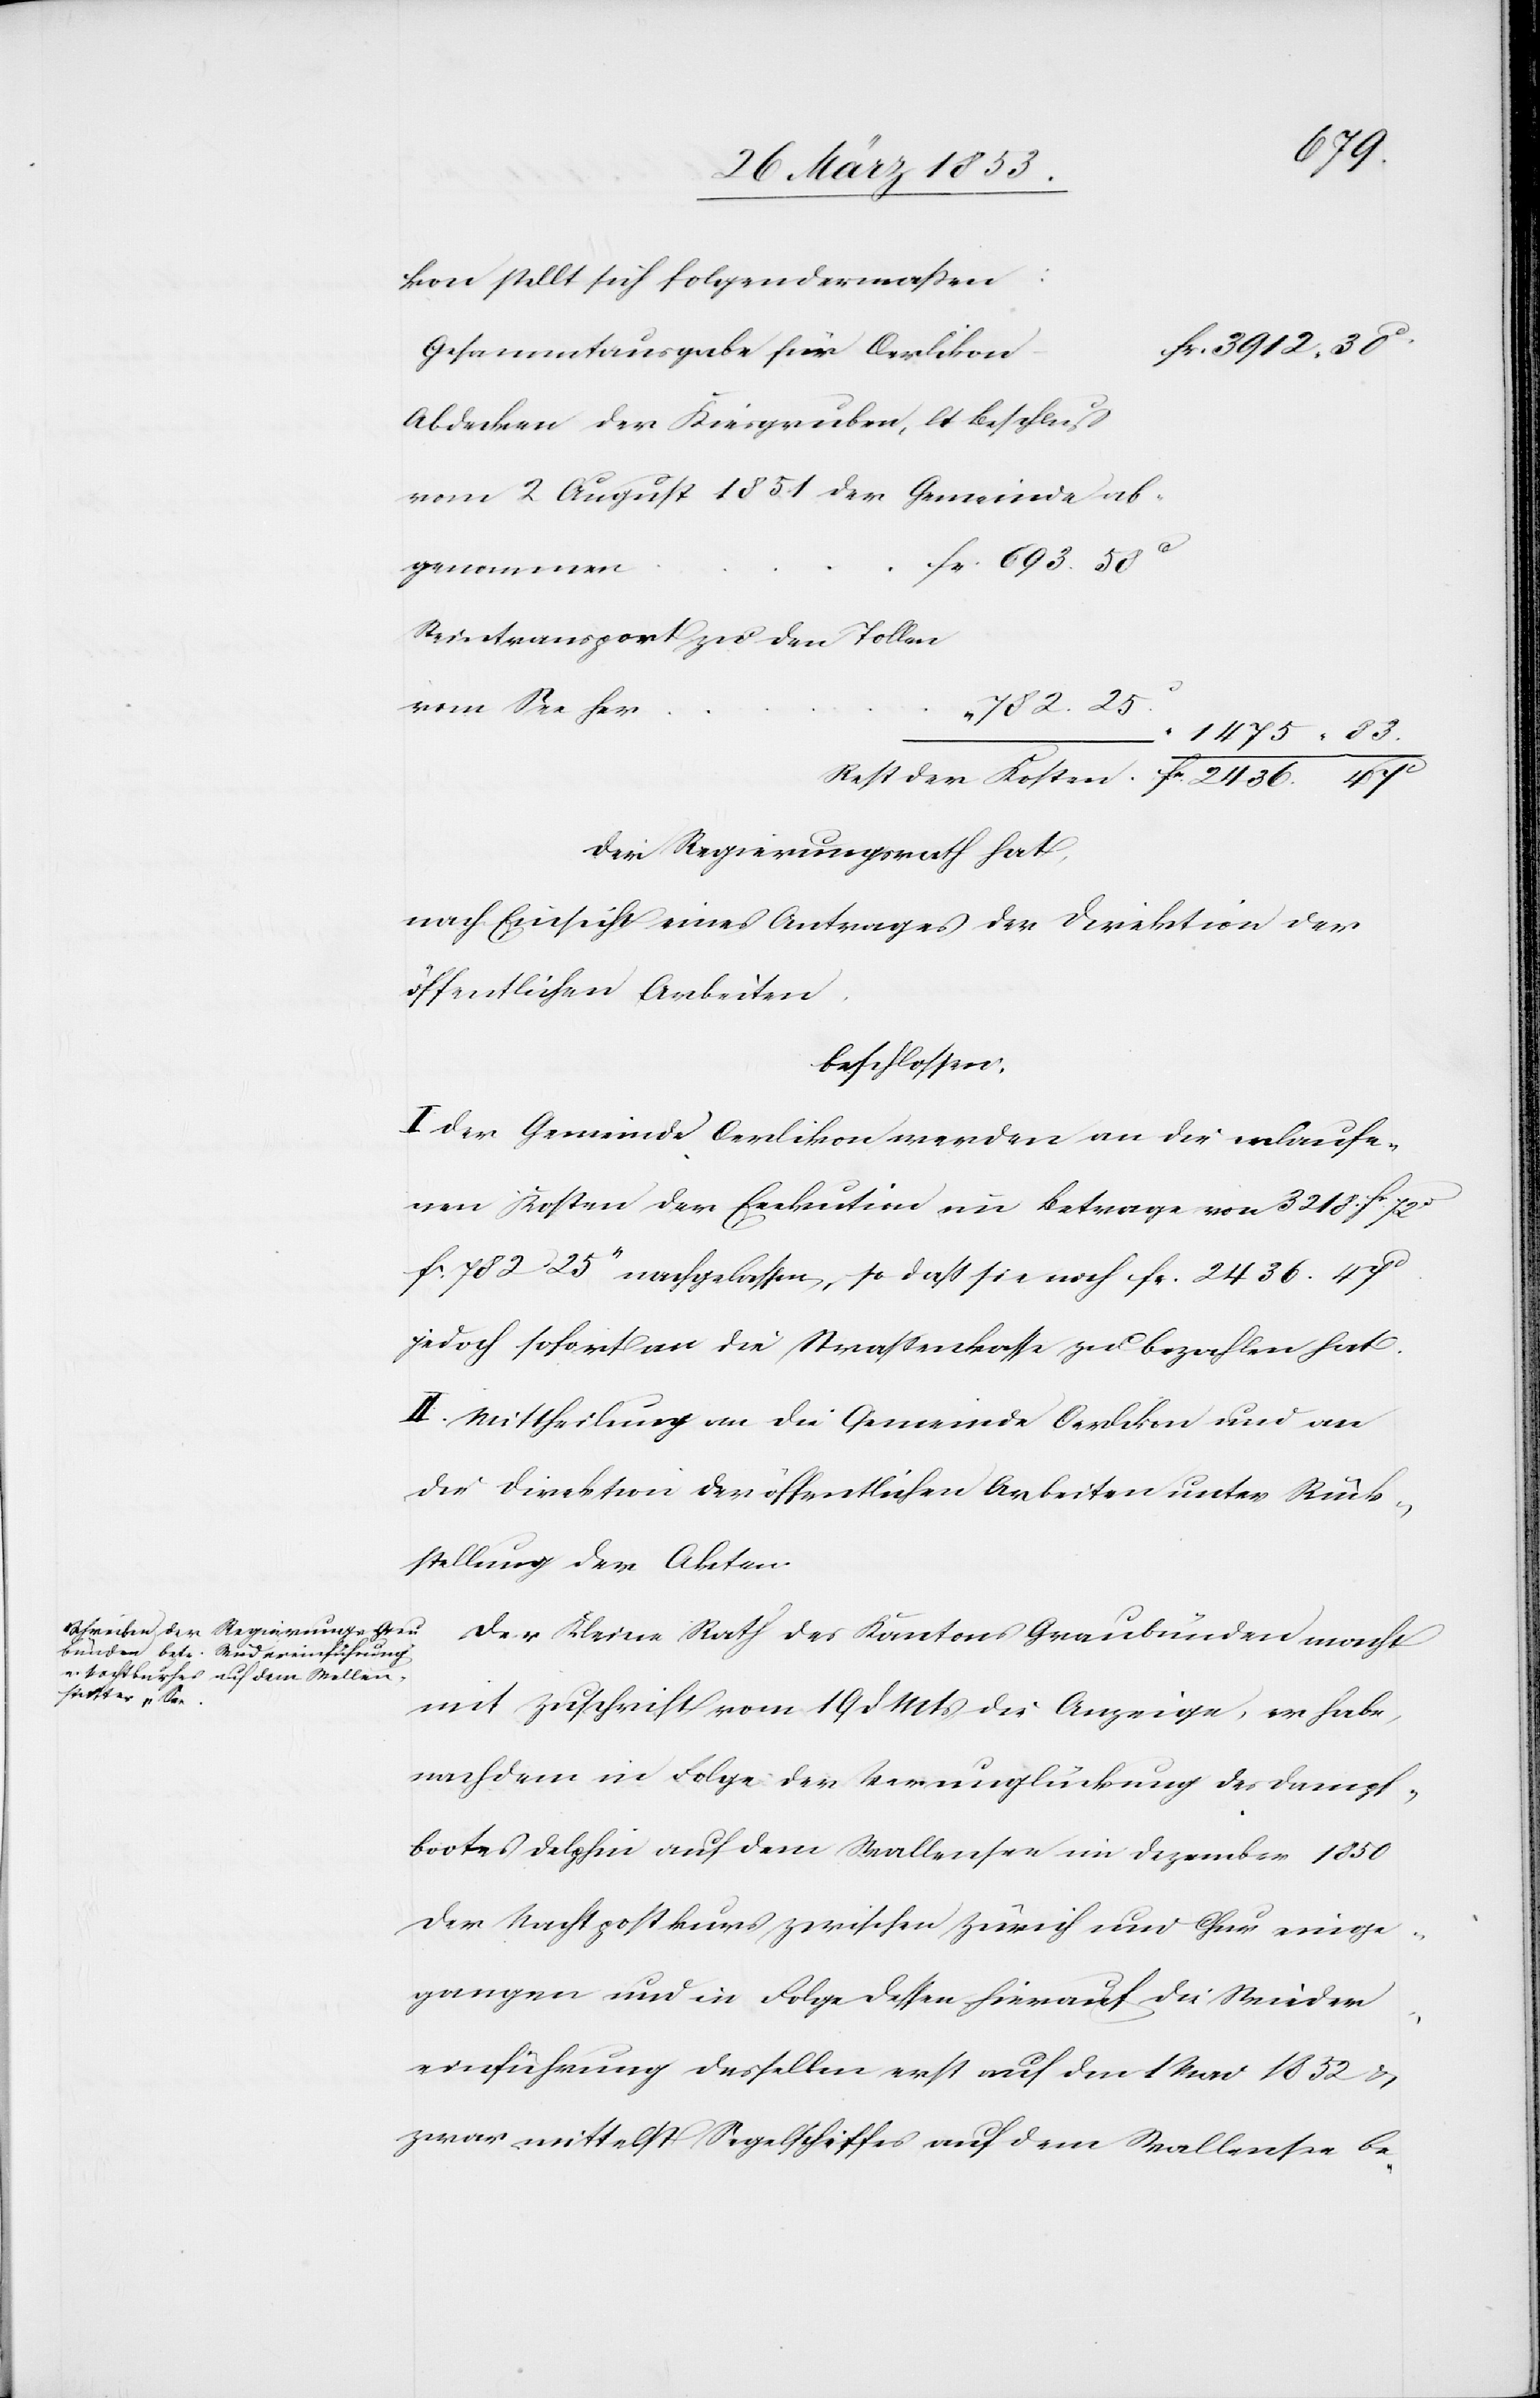
kon stellt sich folgendermaßen:
c.
Abdecken der Kiesgruben, lt Beschluß
2 August 1851 der Gemeinde ab¬
fr. 693. 58
genommen
Reisetransport zu den Tollen
vom See her
782. 25
1475. 83.
Rest der Kosten			fr. 2436. 47
Der Regierungsrath hat,
nach Einsicht eines Antrages der Direktion der
öffentlichen Arbeiten.
beschlossen:
I. Der Gemeinde Oerlikon werden an die erlaufe¬
nen Kosten der Execution im Betrage von 3218. fr. 72
fr. 782. 25 “ nachgelassen, so daß sie noch fr. 2436. 47
jedoch sofort an die Straßenkasse zu bezahlen hat.
II. Mittheilung an die Gemeinde Oerlikon und an
die Direktion der öffentlichen Arbeiten unter Rück¬
stellung der Akten.
Der Kleine Rath des Kantons Graubünden macht
mit Zuschrift vom 19 d. Mts. die Anzeige, er habe,
nachdem in Folge der Verunglückung des Dampf¬
bootes Delphin auf dem Wallensee im Dezember 1850
der Nachpostkurs zwischen Zürich und Chur einge¬
gangen und in Folge dessen hierauf die Wieder¬
einführung desselben erst auf den 1 Mai 1852 u.
zwar mittelst Segelschiffes auf dem Wallensee be-